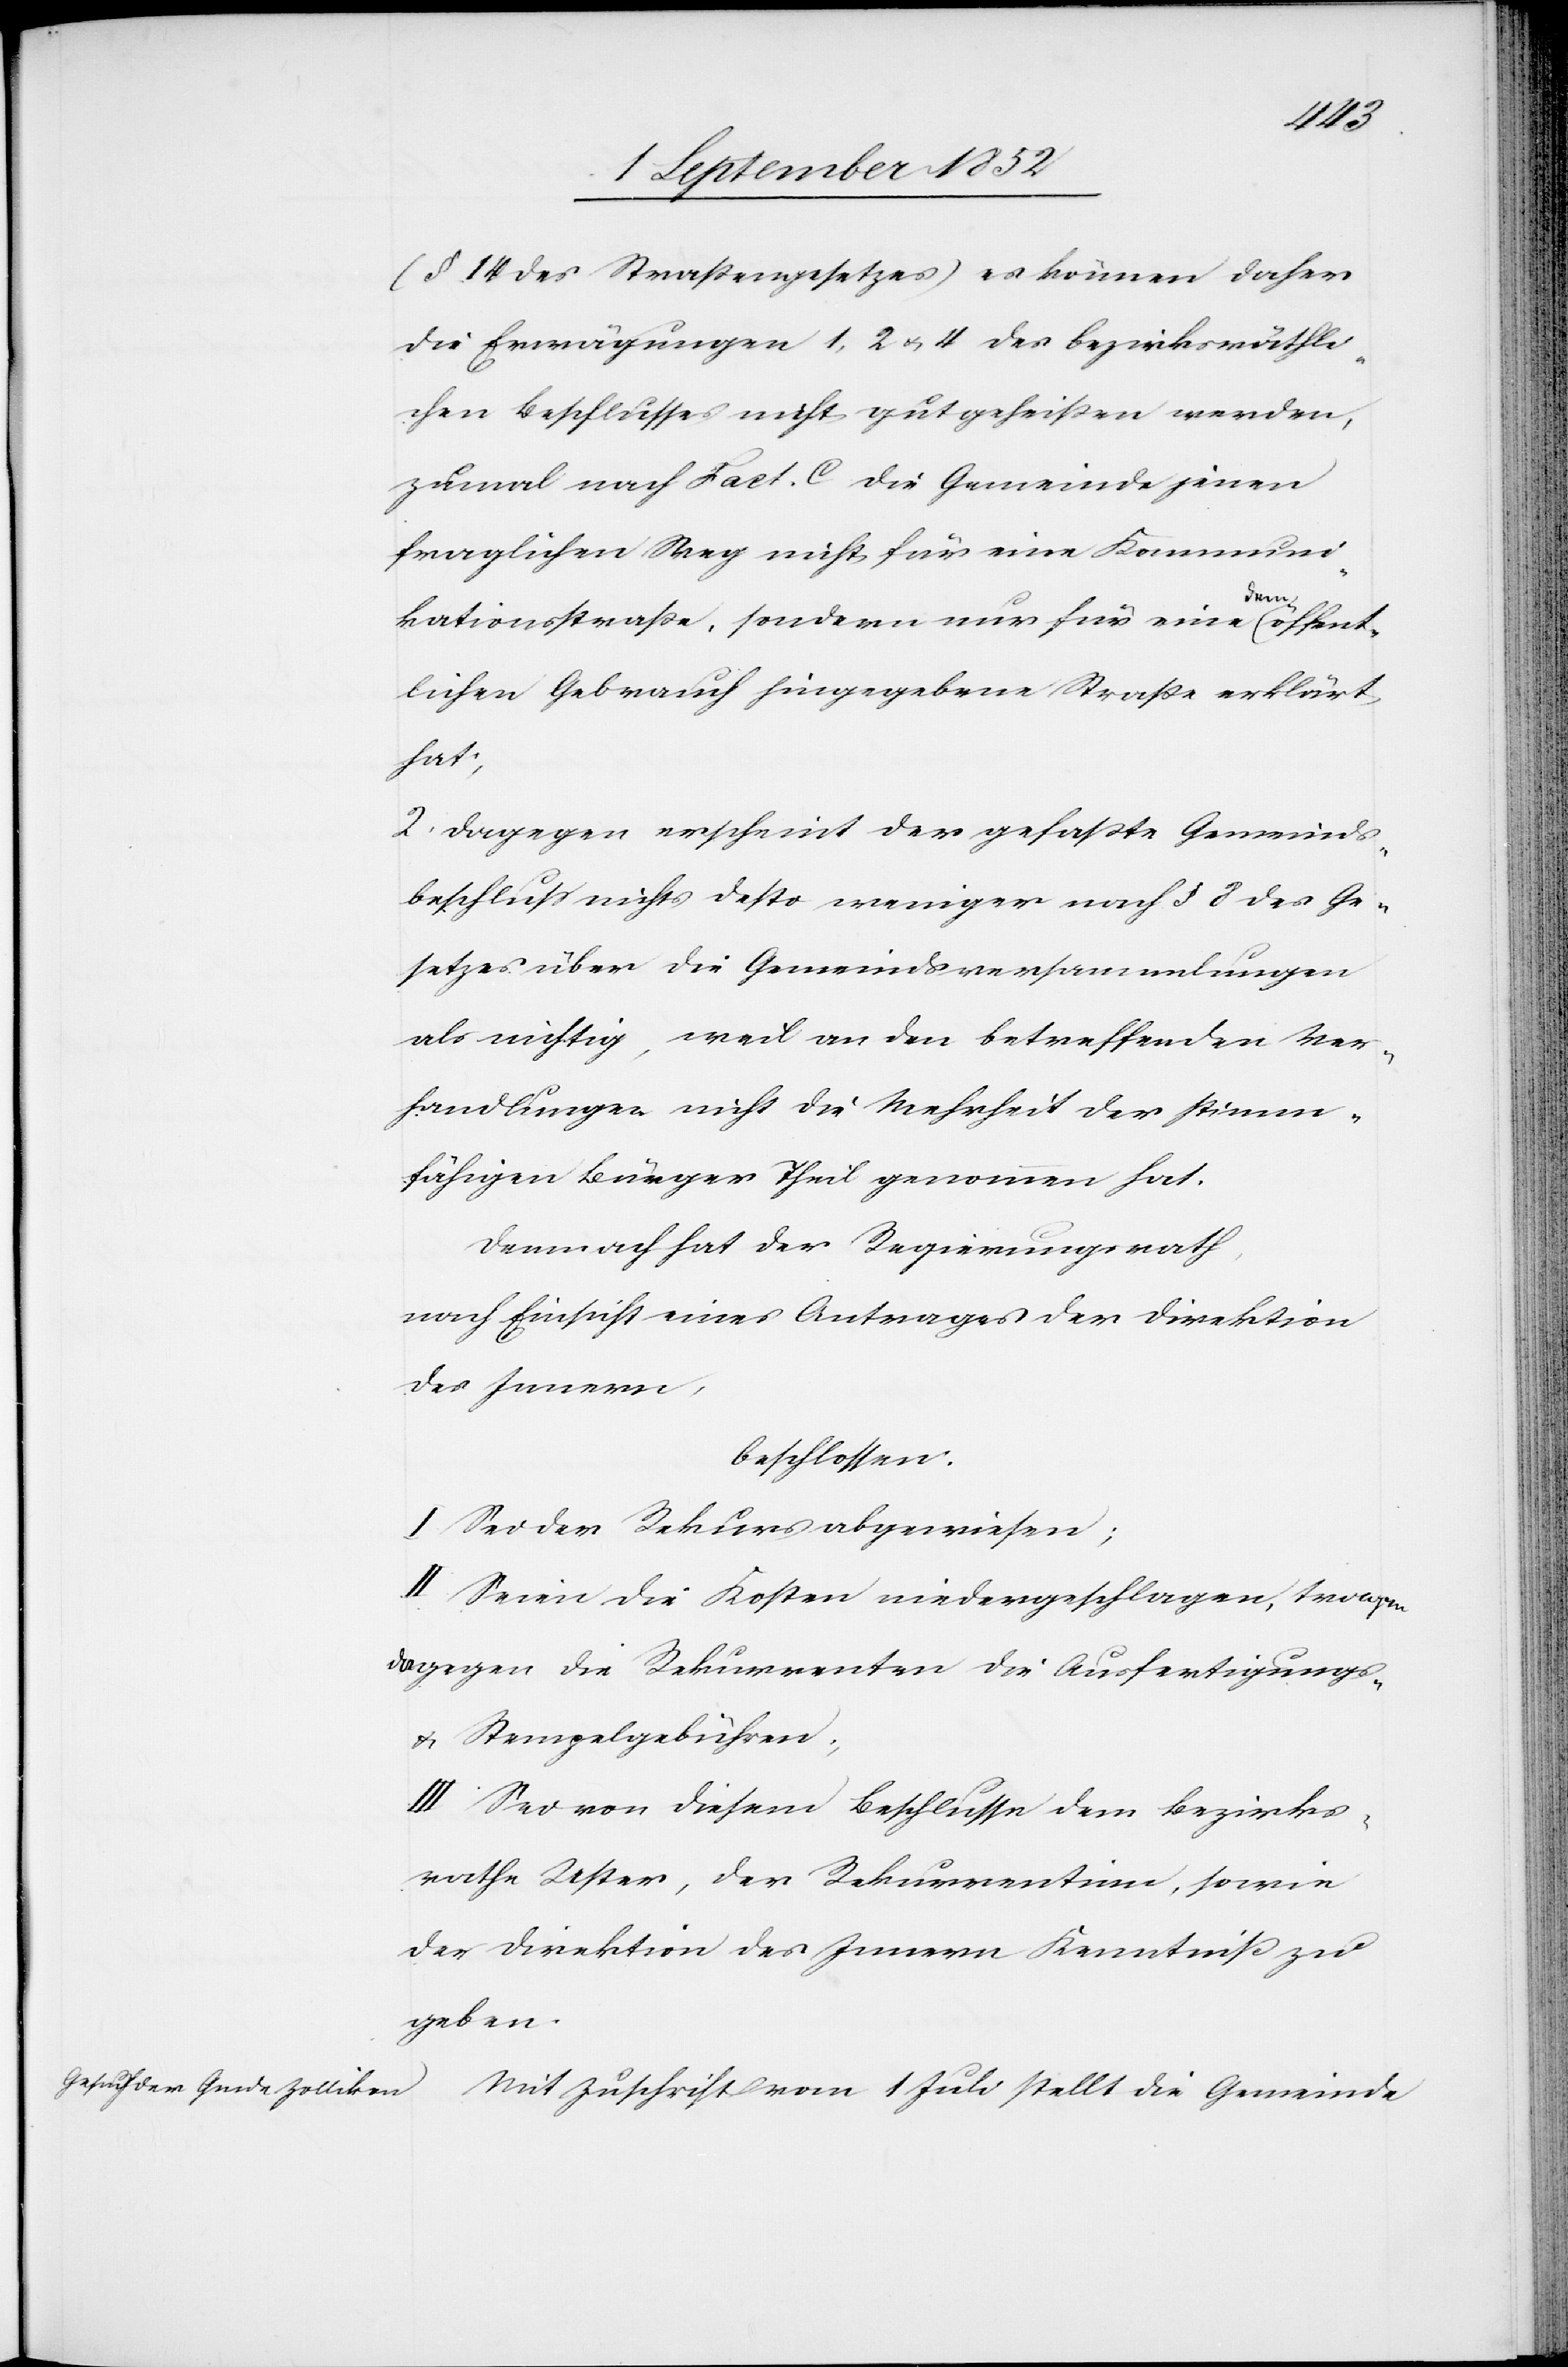
(§ 14 des Straßengesetzes) es können daher
die Erwägungen 1, 2 & 4 des bezirksräthli¬
chen Beschlusses nicht gutgeheißen werden,
zumal nach Fact. C die Gemeinde jenen
fraglichen Weg nicht für eine Kommuni¬
kationsstraße, sondern nur für eine dem öffent¬
lichen Gebrauch hingegebene Straße erklärt
hat;
2. Dagegen erscheint der gefaßte Gemeinds¬
beschluss nichts desto weniger nach § 8 des Ge¬
setzes über die Gemeindsversammlungen
als nichtig, weil an den betreffenden Ver¬
handlungen nicht die Mehrheit der stimm¬
fähigen Bürger Theil genommen hat.
Demnach hat der Regierungsrath,
nach Einsicht eines Antrages der Direktion
des Innern,
beschlossen:
I Sei der Rekurs abgewiesen;
II Seien die Kosten niedergeschlagen, tragen
dagegen die Rekurrenten die Ausfertigungs-
& Stempelgebühren;
III Sei von diesem Beschlusse dem Bezirks¬
rathe Uster, der Rekurrentinn, sowie
der Direktion des Innern Kenntniß zu
geben.
Mit Zuschrift vom 1 Juli stellt die Gemeinde